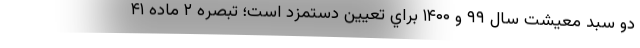
دو سبد معيشت سال ۹۹ و ۱۴۰۰ براي تعيين دستمزد است؛ تبصره ۲ ماده ۴۱